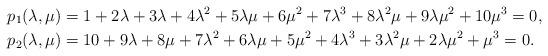
LaTeX: \begin{align*}p_1(\lambda,\mu) & = 1 + 2\lambda + 3\lambda + 4\lambda^2 +5\lambda \mu + 6\mu^2 + 7\lambda^3 + 8\lambda^2\mu +9\lambda\mu^2 + 10\mu^3 = 0,\\p_2(\lambda,\mu) & = 10 + 9\lambda + 8\mu + 7\lambda^2 + 6\lambda\mu + 5\mu^2 + 4\lambda^3 + 3\lambda^2\mu + 2\lambda\mu^2 + \mu^3 = 0.\end{align*}